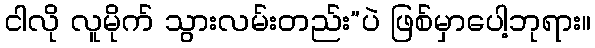
ငါလို လူမိုက် သွားလမ်းတည်း”ပဲ ဖြစ်မှာပေါ့ဘုရား။